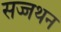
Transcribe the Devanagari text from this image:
सज्जथन